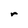
Character: r